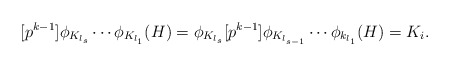
\begin{align*}[p^{k-1}]\phi_{K_{l_s}} \cdots \phi_{K_{l_1}}(H) = \phi_{K_{l_s}}[p^{k-1}]\phi_{K_{l_{s-1}}}\cdots \phi_{k_{l_1}}(H) = K_i.\end{align*}